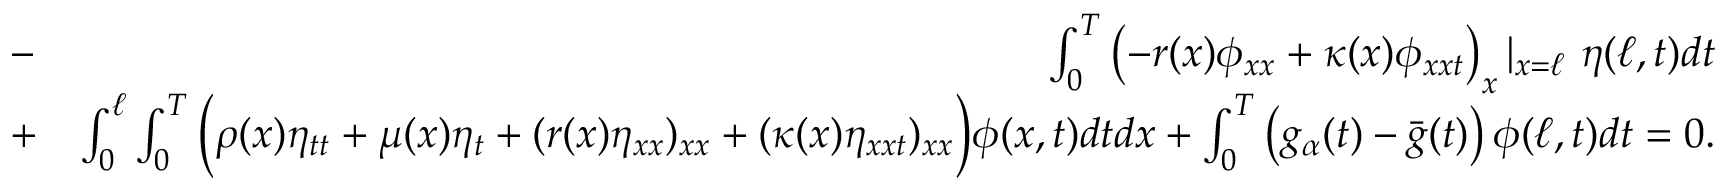
\begin{array} { r l r } & { - } & { \int _ { 0 } ^ { T } \left( - r ( x ) \phi _ { x x } + \kappa ( x ) \phi _ { x x t } \right) _ { x } \vert _ { x = \ell } \ \eta ( \ell , t ) d t } \\ & { + } & { \int _ { 0 } ^ { \ell } \int _ { 0 } ^ { T } \Big ( \rho ( x ) \eta _ { t t } + \mu ( x ) \eta _ { t } + ( r ( x ) \eta _ { x x } ) _ { x x } + ( \kappa ( x ) \eta _ { x x t } ) _ { x x } \Big ) \phi ( x , t ) d t d x + \int _ { 0 } ^ { T } \left( g _ { \alpha } ( t ) - \bar { g } ( t ) \right) \phi ( \ell , t ) d t = 0 . } \end{array}